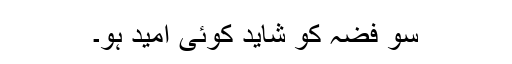
سو فضہ کو شاید کوئی امید ہو۔